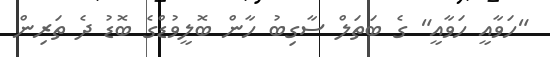
"ހަވާއީ ހަވާއީ" ގެ ބަތަލް ސާގިބު ހާން ބޮލީވުޑްގެ ބޮޑު ދެ ތަރިން